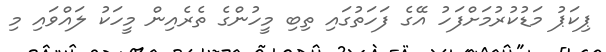
ޕިކަޕު މަޑުކުރުމަށްފަހު އޭގެ ފަހަތުގައި ތިބި މީހުންގެ ތެރެއިން މީހަކު ލައްވައި މި